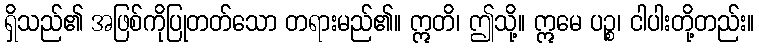
ရှိသည်၏ အဖြစ်ကိုပြုတတ်သော တရားမည်၏။ ဣတိ၊ ဤသို့။ ဣမေ ပဉ္စ၊ ငါပါးတို့တည်း။